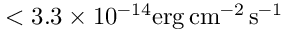
< 3 . 3 \times 1 0 ^ { - 1 4 } \mathrm { e r g \, c m ^ { - 2 } \, s ^ { - 1 } }